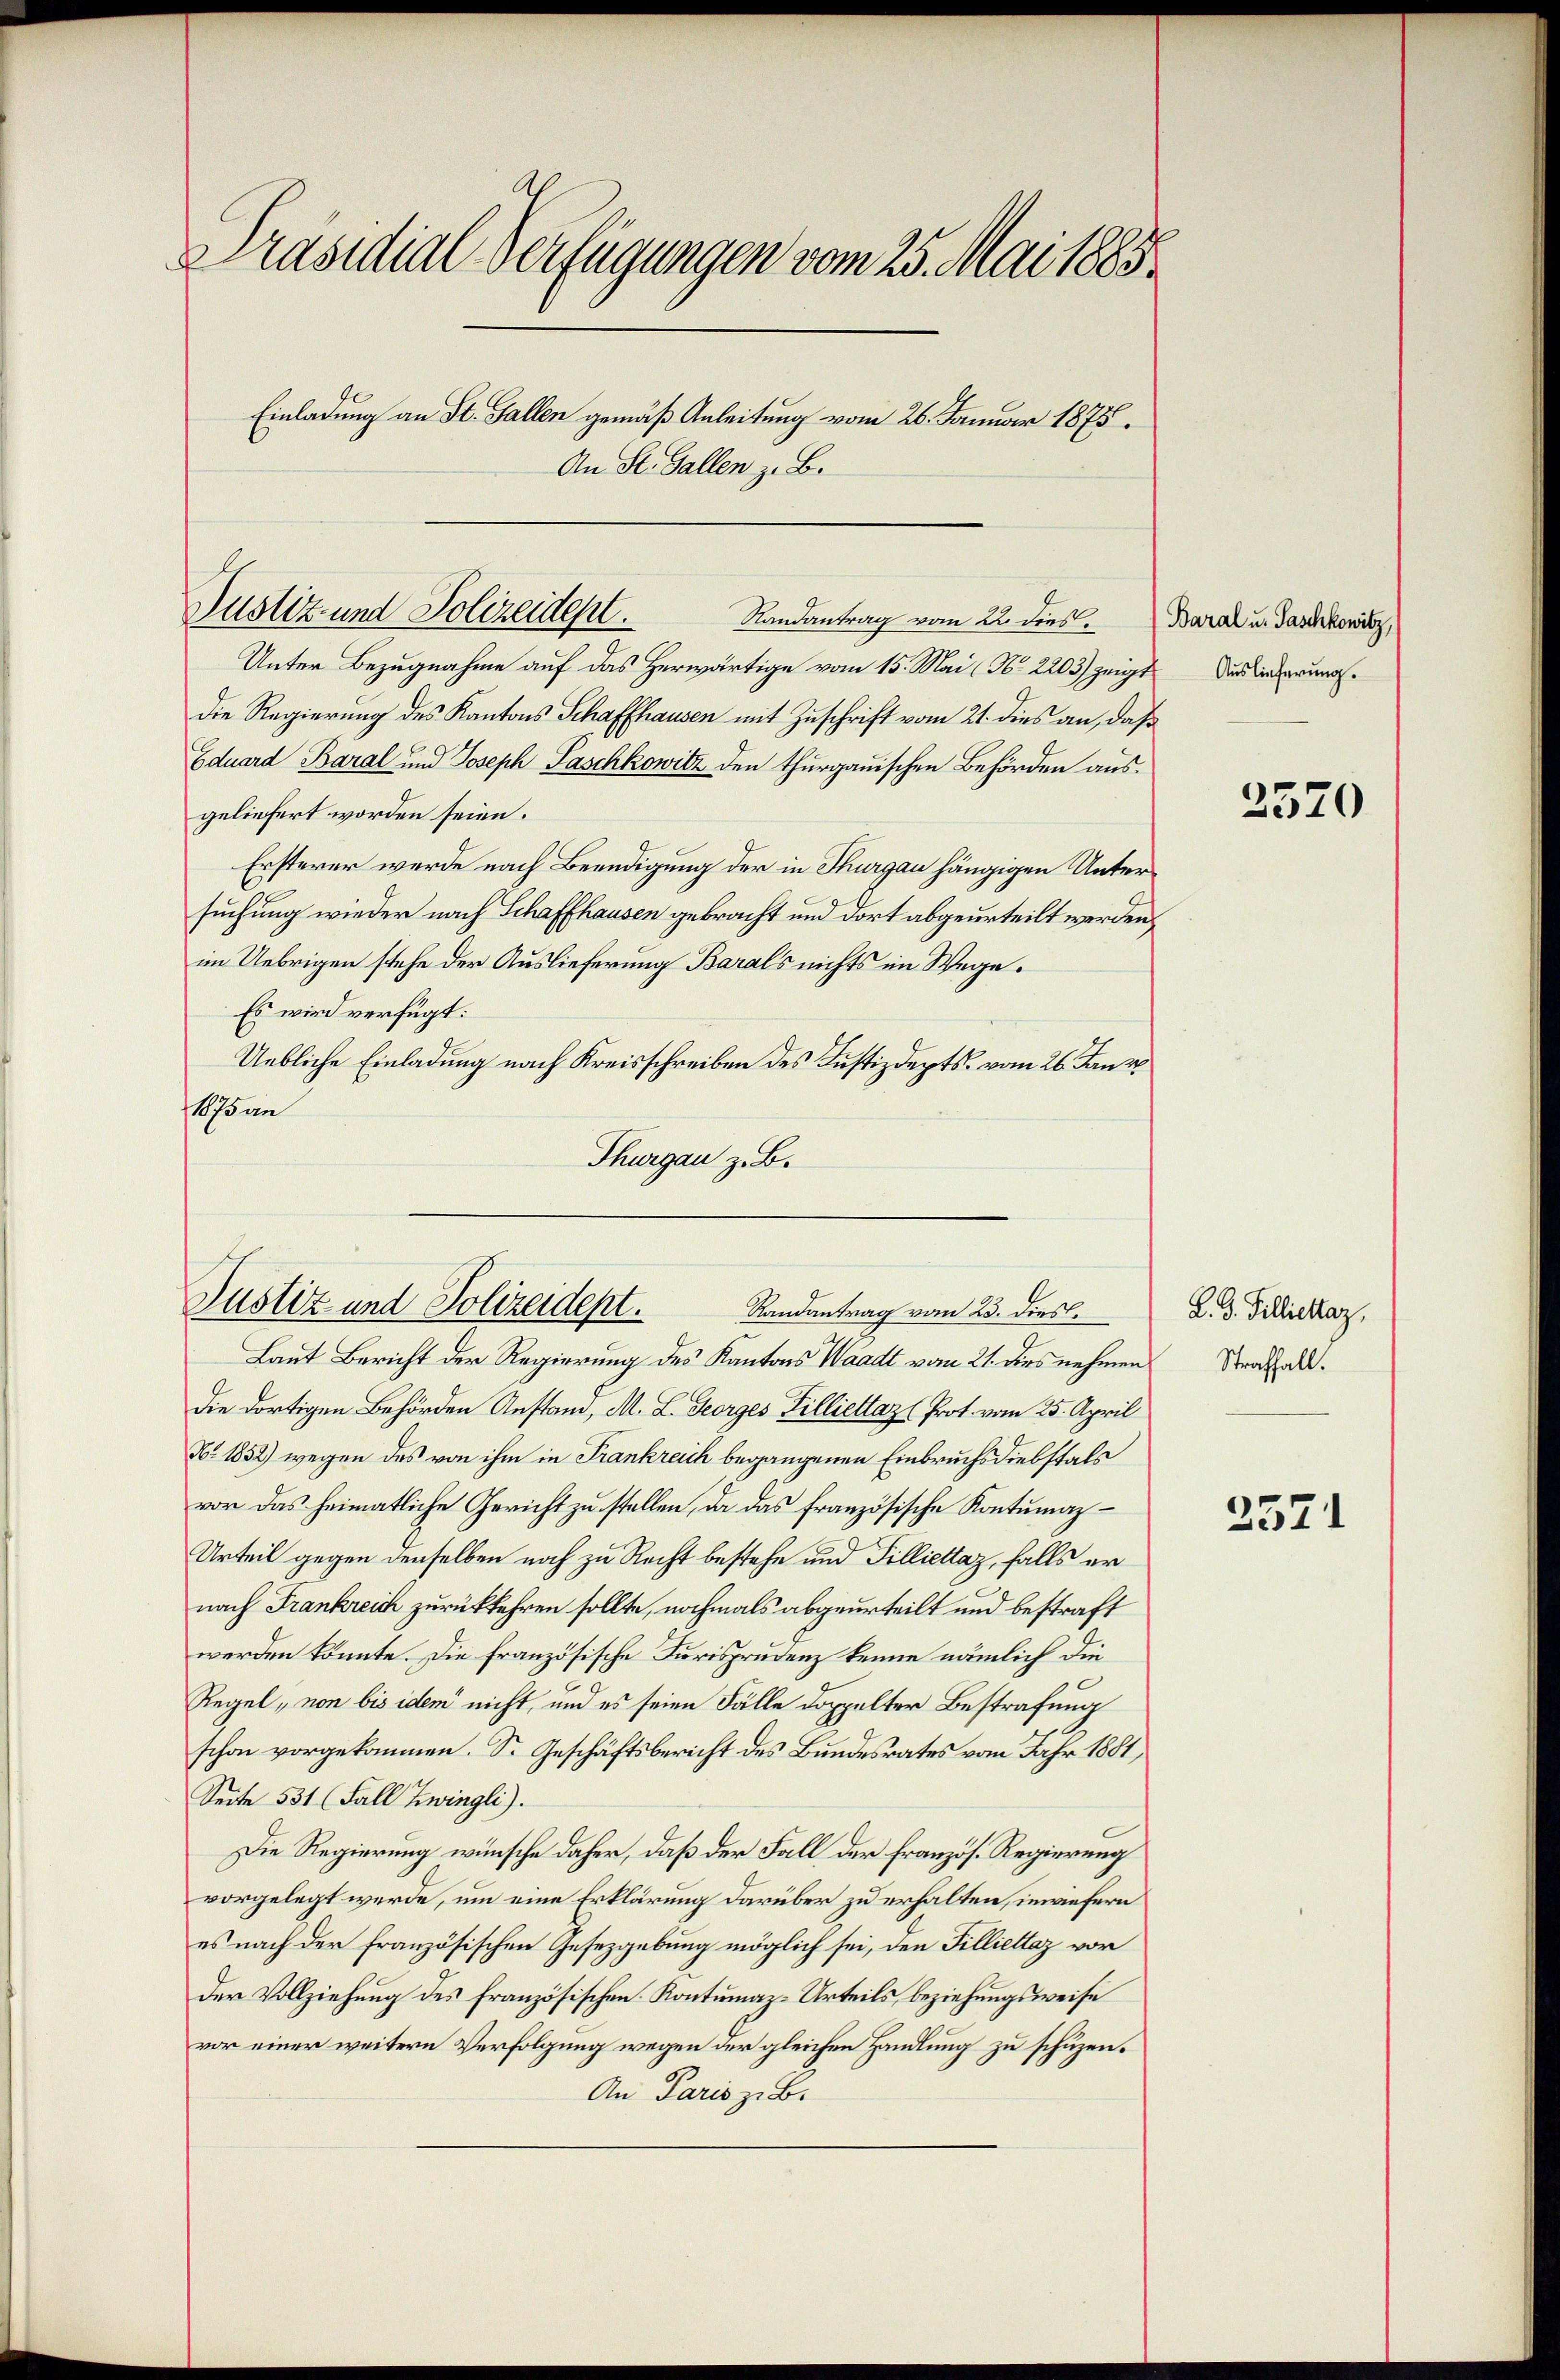
Präsidial-Verfügungen vom 25. Mai 1883.
Einladung an St. Gallen gemäß Anleitung vom 26. Januar 1875.
An St. Gallen z. B.

Justiz- und Polizeidept.
Randantrag vom 2. dies

Unter Bezugnahme auf das Herwärtige vom 15. Mai (N. 2203) zeigt
Die Regierung des Kantons Schaffhausen mit Zuschrift vom 21. dies an, daß
Eduard Baral und Joseph Paschkowitz den thurgauischen Behörden aus.
geliefert worden seien.
Ersterer werde nach Beendigung der in Thurgau hängigen Untersuchung wieder nach Schaffhausen gebracht und dort abgeurteilt werden,
im Uebrigen stehe der Auslieferung Barals nichts im Wege.
Es wird verfügt:
Uebliche Einladung nach Kreisschreiben des Justizdepts vom 26. Janr
ßan
Thurgau z. B.

Justiz und Polizeidept.
Randantrag vom 23. Dies.

Laut Bericht der Regierung des Kantons Waadt vom 21. dies nehmen
die dortigen Behörden Anstand, M. L. Georges Tilliettaz (Prot. vom 25. April
Nr 1852) wegen des von ihm in Frankreich begangenen Einbruchsdiebstals
vor das heimatliche Gericht zu stellen, da das französische Kontumaz¬
Urteil gegen denselben noch zu Recht bestehe und Tilliettaz, falls er
nach Frankreich zurückkehren sollte, nochmals abgeurteilt und bestraft
werden könnte. Die französische Jurisprudenz kenne nämlich die
Regel, von bis idem nicht, und es seien Fälle doppelter Bestrafung
schon vorgekommen. S. Geschäftsbericht des Bundesrates vom Jahr 1881,
Seite 531 (Fall Zwingli).
Die Regierung wünsche daher, daß der Fall der Französ. Regierung
vorgelegt werde, um eine Erklärung darüber zu erhalten, inwiefern
es nach der französischen Gesezgebung möglich sei, den Tilliettaz vor
der Vollziehung des Französischen Kontumaz-Urteils, beziehungsweise
vor einer weitern Verfolgung wegen der gleichen Handlung zu schuzen¬
An Paris z. B.

Baral u. Paschkowitz,
Auslieferung.

2570

L. D. Filliettaz,
Straffall.

2571